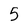
Character: 5